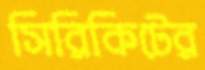
সিরিকিটের